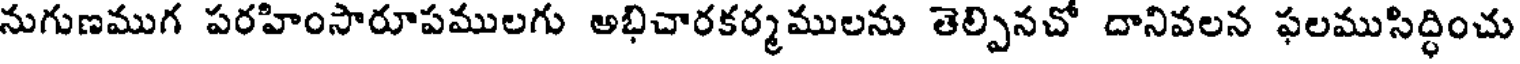
నుగుణముగ పరహింసారూపములగు అభిచారకర్మములను తెల్పినచో దానివలన ఫలముసిద్ధించు